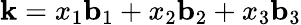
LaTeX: \mathbf{k}=x_{1}\mathbf{b}_{1}+x_{2}\mathbf{b}_{2}+x_{3}\mathbf{b}_{3}